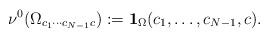
LaTeX: \begin{align*} \nu^{0}(\Omega_{c_{1}\cdots c_{N - 1}c}) := \mathbf{1}_{\Omega}(c_{1},\ldots,c_{N - 1},c). \end{align*}